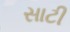
સાટી